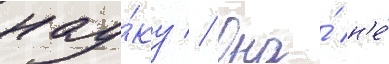
нау́ку // Она́ н'е́